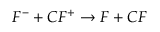
F ^ { - } + C F ^ { + } \rightarrow F + C F